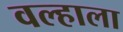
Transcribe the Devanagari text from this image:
वल्हाला